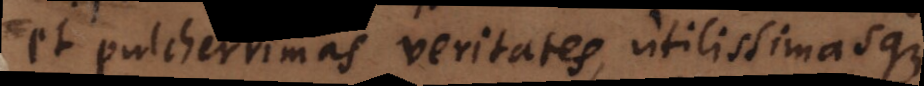
et pulcherrimas veritates, utilissimasque